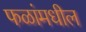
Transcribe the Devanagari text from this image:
फळांमधील